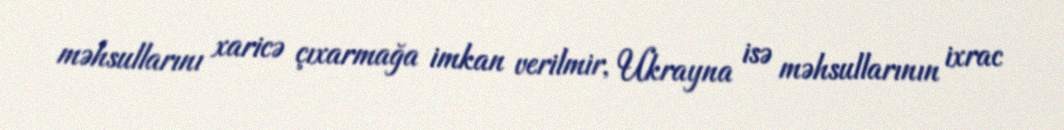
məhsullarını xaricə çıxarmağa imkan verilmir, Ukrayna isə məhsullarının ixrac